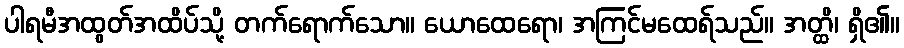
ပါရမီအထွတ်အထိပ်သို့ တက်ရောက်သော။ ယောထေရော၊ အကြင်မထေရ်သည်။ အတ္ထိ၊ ရှိ၏။